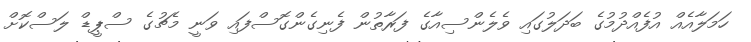
ހަމަލާއެއް އުފެއްދުމުގެ ބަދަލުގައި ވެލެންސިއާގެ ފަރާތުން ފެނިގެންގޮސްފައި ވަނީ މެޗުގެ ސްޕީޑް ލަސްކޮށް